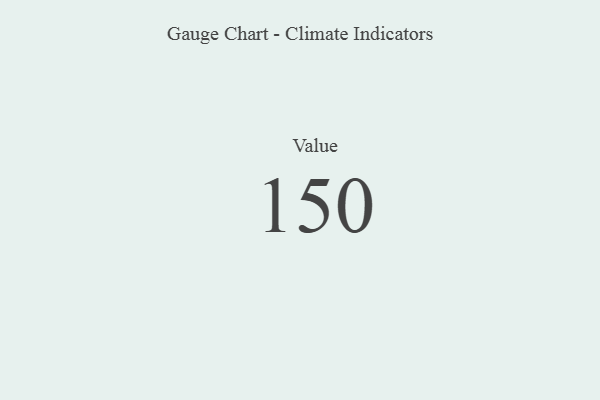
{"axis": {"x": "Metric", "y": "Value"}, "legend": [""], "data": [{"x": "Value", "y": 150, "type": ""}]}